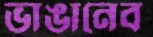
ভাঙানেব